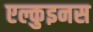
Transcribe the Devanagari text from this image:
एल्कुइनस